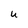
Character: U